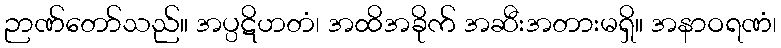
ဉာဏ်တော်သည်။ အပ္ပဋိဟတံ၊ အထိအခိုက် အဆီးအတားမရှိ။ အနာဝရဏံ၊